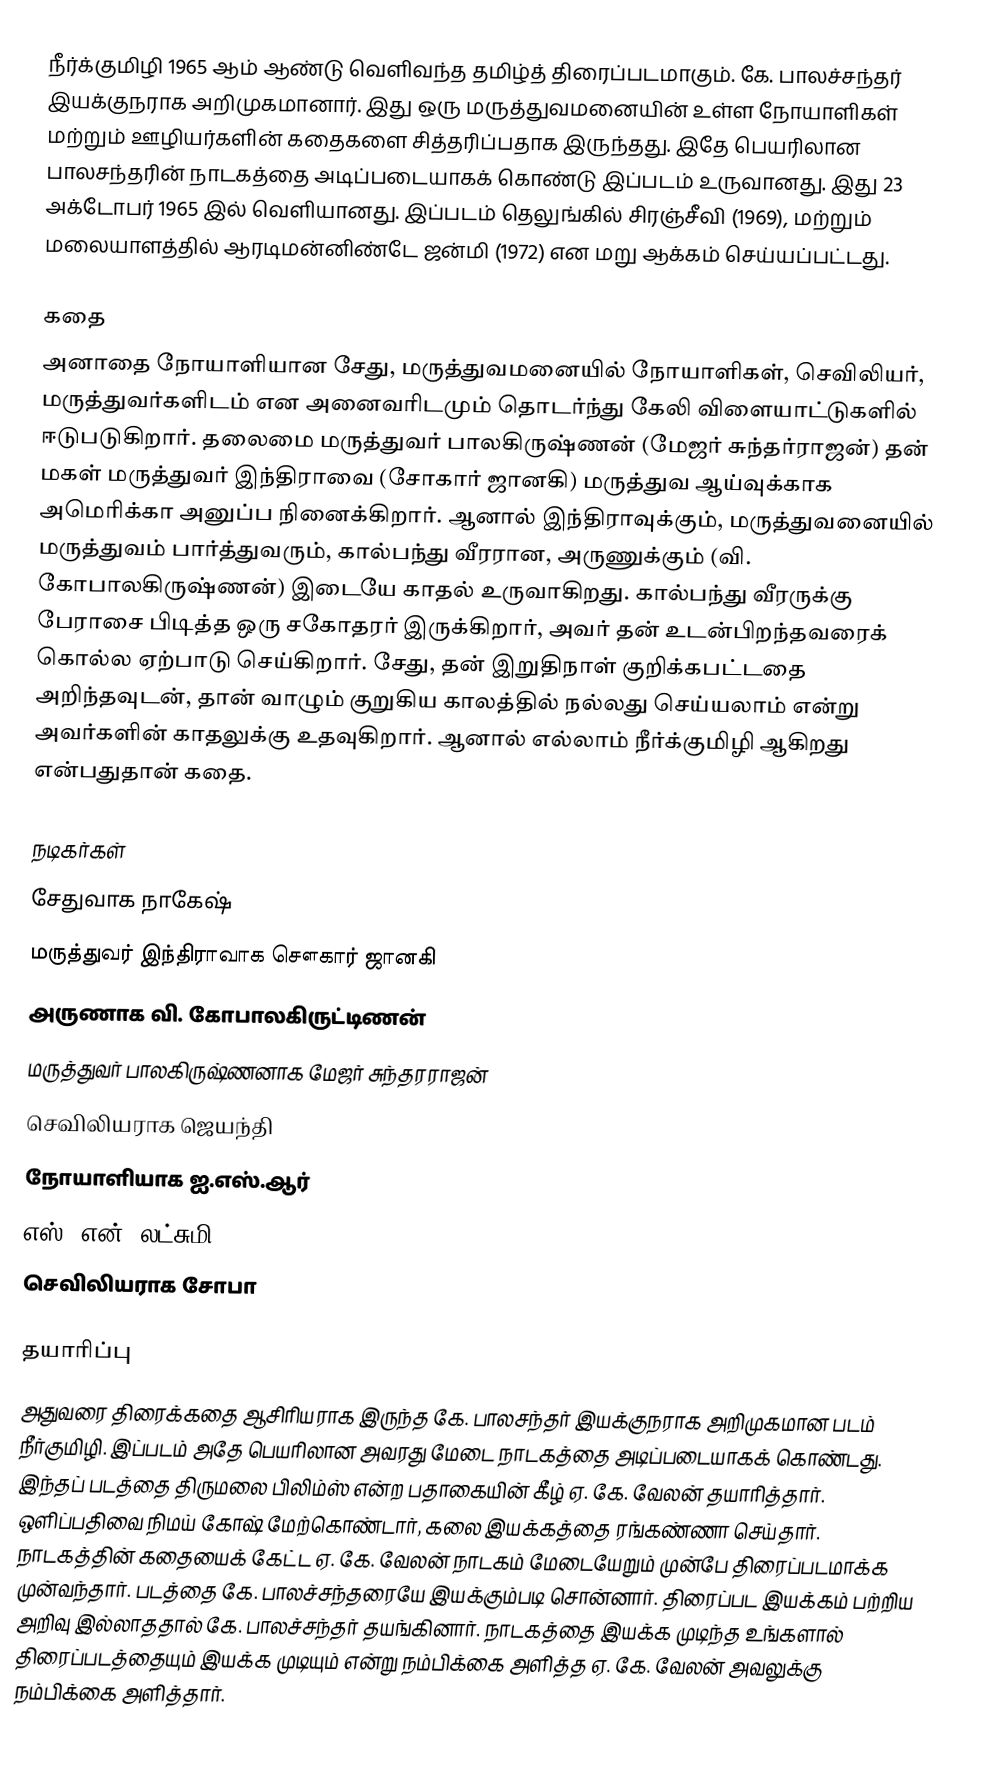
நீர்க்குமிழி 1965 ஆம் ஆண்டு வெளிவந்த தமிழ்த் திரைப்படமாகும். கே. பாலச்சந்தர் இயக்குநராக அறிமுகமானார். இது ஒரு மருத்துவமனையின் உள்ள நோயாளிகள் மற்றும் ஊழியர்களின் கதைகளை சித்தரிப்பதாக இருந்தது. இதே பெயரிலான பாலசந்தரின் நாடகத்தை அடிப்படையாகக் கொண்டு இப்படம் உருவானது. இது 23 அக்டோபர் 1965 இல் வெளியானது. இப்படம் தெலுங்கில் சிரஞ்சீவி (1969), மற்றும் மலையாளத்தில் ஆரடிமன்னிண்டே ஜன்மி (1972) என மறு ஆக்கம் செய்யப்பட்டது.

கதை
அனாதை நோயாளியான சேது, மருத்துவமனையில் நோயாளிகள், செவிலியர், மருத்துவர்களிடம் என அனைவரிடமும் தொடர்ந்து கேலி விளையாட்டுகளில் ஈடுபடுகிறார். தலைமை மருத்துவர் பாலகிருஷ்ணன் (மேஜர் சுந்தர்ராஜன்) தன் மகள் மருத்துவர் இந்திராவை (சோகார் ஜானகி) மருத்துவ ஆய்வுக்காக அமெரிக்கா அனுப்ப நினைக்கிறார். ஆனால் இந்திராவுக்கும், மருத்துவனையில் மருத்துவம் பார்த்துவரும், கால்பந்து வீரரான, அருணுக்கும் (வி. கோபாலகிருஷ்ணன்) இடையே காதல் உருவாகிறது. கால்பந்து வீரருக்கு பேராசை பிடித்த ஒரு சகோதரர் இருக்கிறார், அவர் தன் உடன்பிறந்தவரைக் கொல்ல ஏற்பாடு செய்கிறார். சேது, தன் இறுதிநாள் குறிக்கபட்டதை அறிந்தவுடன், தான் வாழும் குறுகிய காலத்தில் நல்லது செய்யலாம் என்று அவர்களின் காதலுக்கு உதவுகிறார். ஆனால் எல்லாம் நீர்க்குமிழி ஆகிறது என்பதுதான் கதை.

நடிகர்கள்
 சேதுவாக நாகேஷ்
 மருத்துவர் இந்திராவாக சௌகார் ஜானகி
 அருணாக வி. கோபாலகிருட்டிணன்
 மருத்துவர் பாலகிருஷ்ணனாக மேஜர் சுந்தரராஜன்
 செவிலியராக ஜெயந்தி
  நோயாளியாக ஐ.எஸ்.ஆர்
 எஸ். என். லட்சுமி
 செவிலியராக சோபா

தயாரிப்பு
அதுவரை திரைக்கதை ஆசிரியராக இருந்த  கே. பாலசந்தர் இயக்குநராக அறிமுகமான படம் நீர்குமிழி. இப்படம் அதே பெயரிலான அவரது மேடை நாடகத்தை அடிப்படையாகக் கொண்டது. இந்தப் படத்தை திருமலை பிலிம்ஸ் என்ற பதாகையின் கீழ்  ஏ. கே. வேலன் தயாரித்தார். ஒளிப்பதிவை நிமய் கோஷ் மேற்கொண்டார், கலை இயக்கத்தை ரங்கண்ணா செய்தார். நாடகத்தின் கதையைக் கேட்ட ஏ. கே. வேலன் நாடகம் மேடையேறும் முன்பே திரைப்படமாக்க முன்வந்தார். படத்தை கே. பாலச்சந்தரையே இயக்கும்படி சொன்னார். திரைப்பட இயக்கம் பற்றிய அறிவு இல்லாததால் கே. பாலச்சந்தர் தயங்கினார். நாடகத்தை இயக்க முடிந்த உங்களால் திரைப்படத்தையும் இயக்க முடியும் என்று நம்பிக்கை அளித்த ஏ. கே. வேலன் அவலுக்கு நம்பிக்கை அளித்தார்.